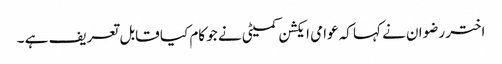
اختر رضوان نے کہا کہ عوامی ایکشن کمیٹی نے جو کام کیا قابل تعریف ہے ۔